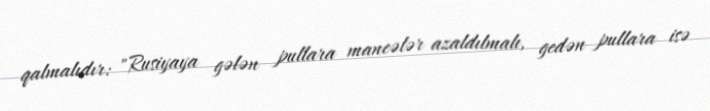
qalmalıdır: "Rusiyaya gələn pullara maneələr azaldılmalı, gedən pullara isə